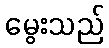
မွေးသည်